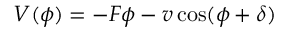
V ( \phi ) = - F \phi - v \cos ( \phi + \delta )